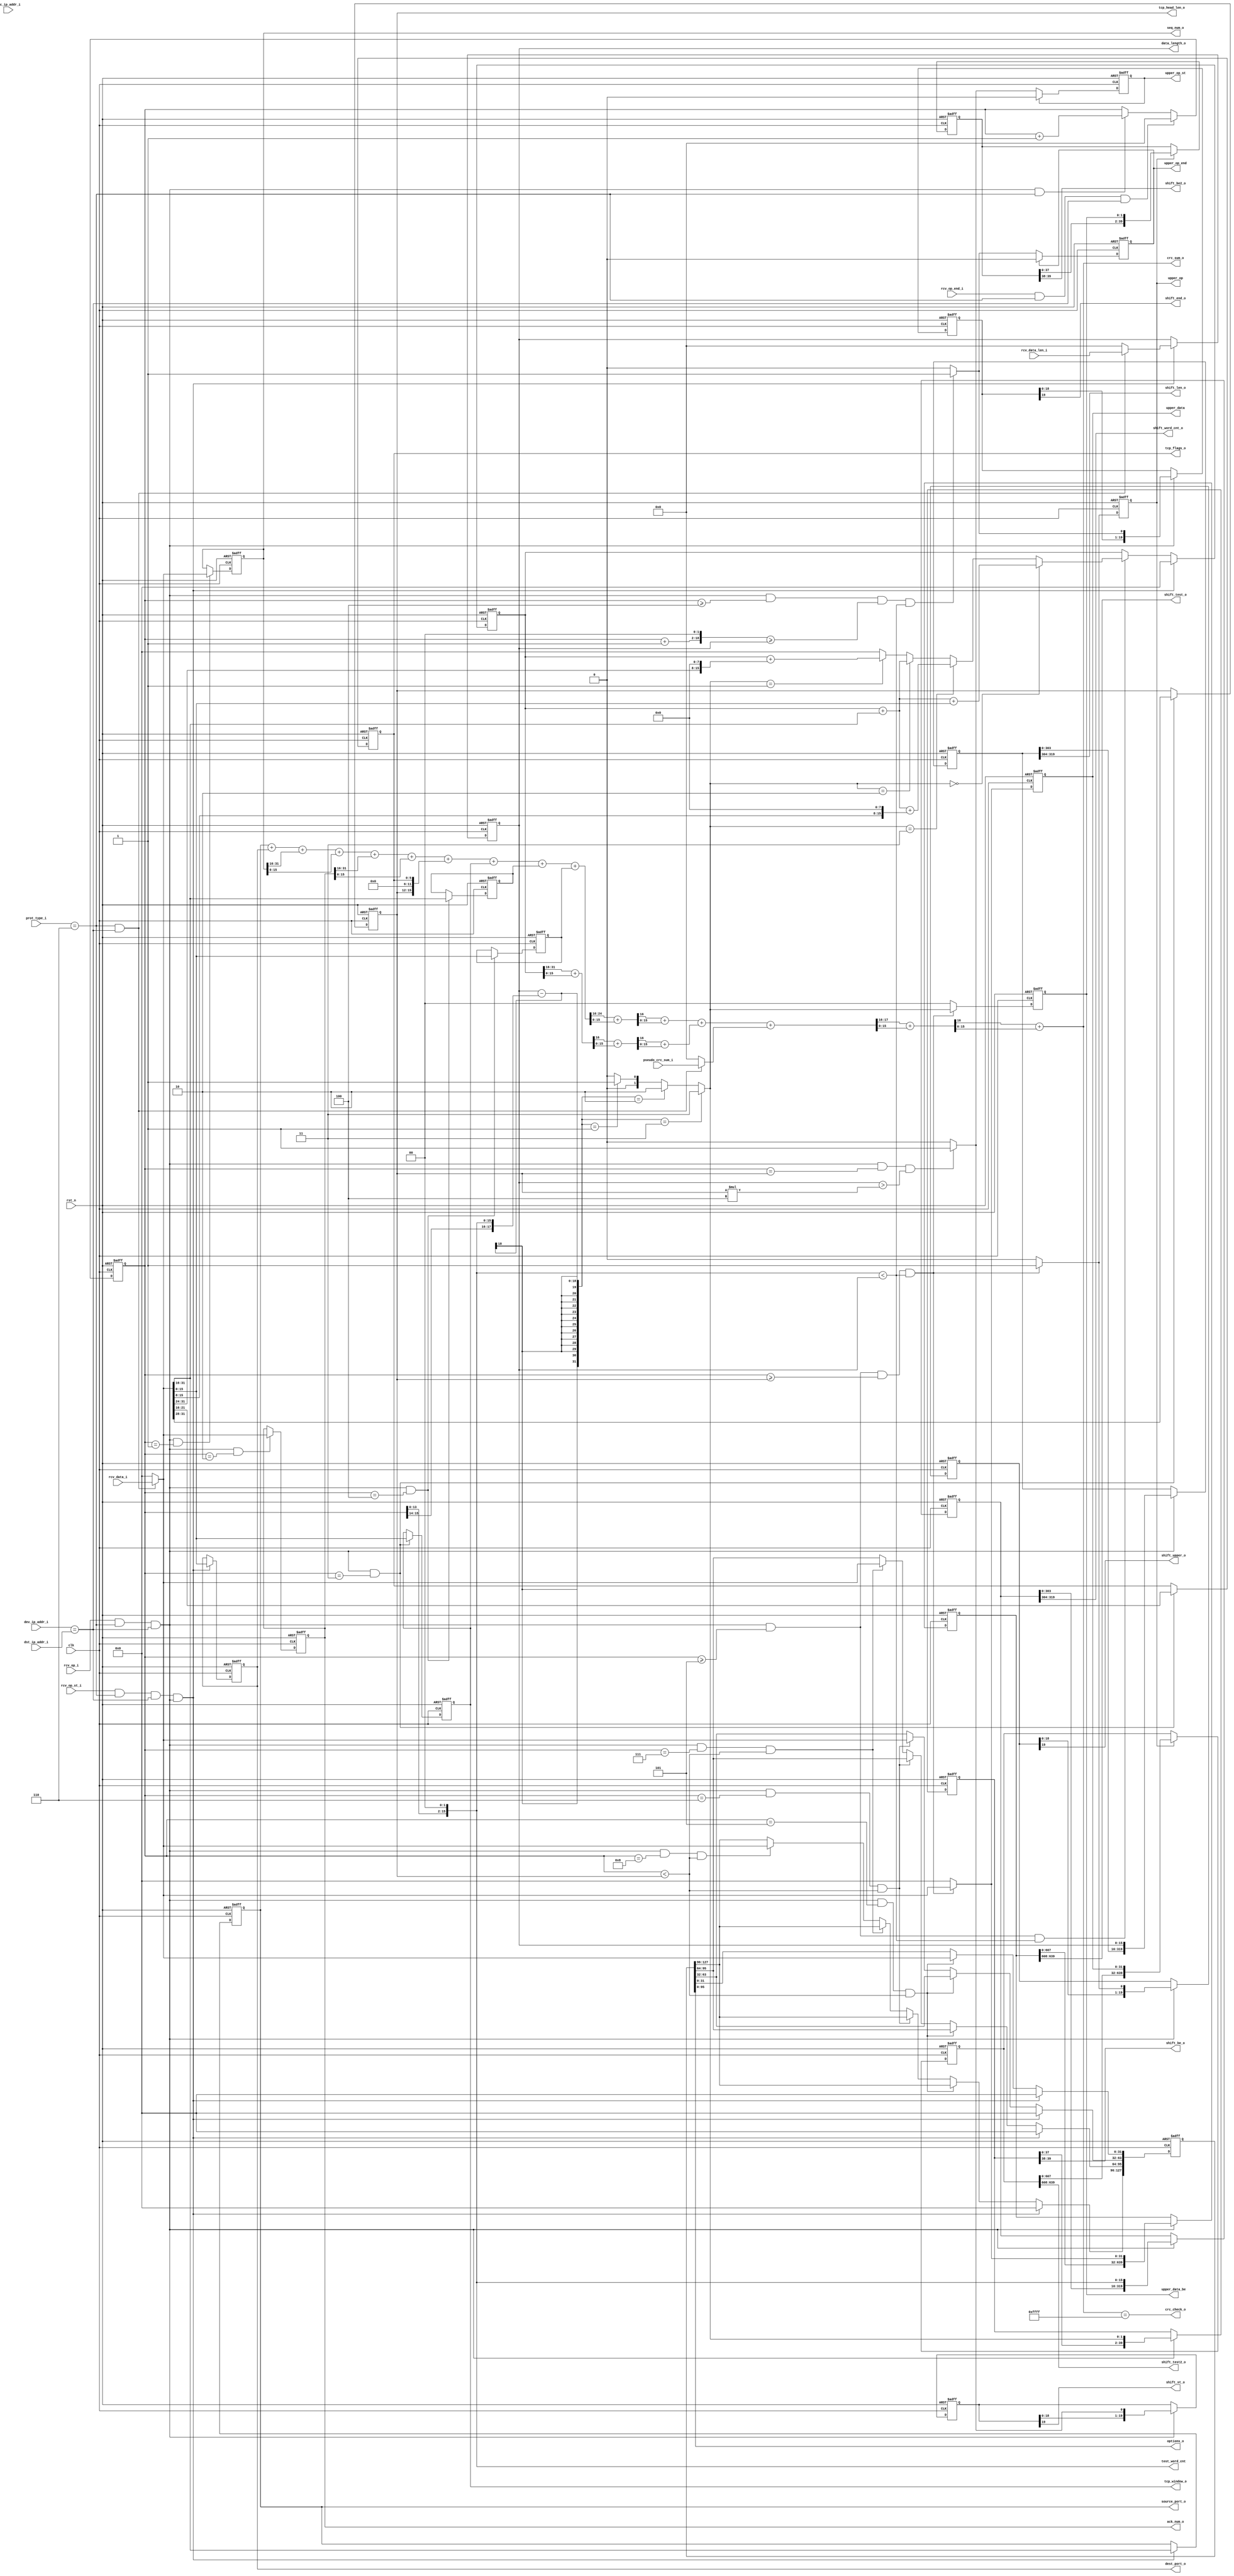
module transport_layer
(
	input					clk
	,input				rst_n
	,input	[31:0]	dev_ip_addr_i

	,input				rcv_op_st_i
	,input				rcv_op_i
	,input				rcv_op_end_i
	,input	[31:0]	rcv_data_i
	,input	[15:0]	rcv_data_len_i
	,input	[31:0]	src_ip_addr_i
	,input	[31:0]	dst_ip_addr_i
	,input	[7:0]		prot_type_i
	,input	[15:0]	pseudo_crc_sum_i
	


	,output	[15:0]	source_port_o
	,output	[15:0]	dest_port_o
	,output	[15:0]	data_length_o
	,output	[31:0]	seq_num_o
	,output	[31:0]	ack_num_o
	,output	[5 :0]	tcp_flags_o		
	,output	[95:0]	options_o
	,output	[ 3:0]	tcp_head_len_o
	,output	[15:0]	tcp_window_o

	,output				upper_op_st
	,output				upper_op
	,output				upper_op_end
	,output	[31:0]	upper_data
	,output	[ 1:0]	upper_data_be
	,output	[15:0]	crc_sum_o
	,output				crc_check_o
		
	,output	[15:0]	test_word_cnt
	
	,output	[ 1:0]	shift_be_o
	,output	[31:0]	shift_test_o
	,output				shift_st_o
	,output				shift_end_o
	,output	[15:0]	shift_len_o	
	,output				shift_upper_o
	,output	[15:0]	shift_word_cnt_o
	,output	[31:0]	shift_test2_o
	,output	[ 1:0]	shift_be2_o		
);
parameter	OPTIONS_SIZE = 4'd4;

//TCP OR UDP FIELDS
reg	[15:0]	source_port;
reg	[15:0]	dest_port;
reg	[31:0]	seq_num;
reg	[31:0]	ack_num;
reg	[ 3:0]	tcp_head_len;
reg	[ 5:0]	tcp_flags;
reg	[15:0]	tcp_window;
reg	[15:0]	packet_length;
reg	[15:0]	checksum;
reg	[15:0]	urgent_ptr;

reg	[32*OPTIONS_SIZE -1 :0]	options_reg;

reg	[15:0]	word_cnt;
reg	[15:0]	data_word_cnt;

reg				upper_op_start_r;
reg				upper_op_r;
reg				upper_op_stop_r;
reg	[31:0]	upper_data_r;
reg	[ 1:0]	data_be_r;

reg	[31:0]	crc_dat_r;

wire	[31:0]	crc_head_w;
wire	[31:0]	crc_head_ww;
wire	[15:0]	crc_head_www;
wire	[31:0]	crc_dat;
wire	[31:0]	crc_dat_w;
wire	[31:0]	crc_dat_ww;
wire	[15:0]	crc_dat_www;
wire	[31:0]	crc_sum_w;
wire	[31:0]	crc_sum_ww;
wire	[15:0]	crc_sum_www;

wire	[ 1:0]	data_be;
wire	[15:0]	data_length;

wire				rcv_op_st;
wire				rcv_op;
wire				rcv_op_end;
wire	[31:0]	rcv_data;
wire	[15:0]	rcv_data_len;
wire	[15:0]	pseudo_crc_sum;
wire				tcp_prot;
wire				ip_check;

//PROTOCOL AND DESTINATION IP ADDRESS CHECK
assign tcp_prot = prot_type_i == 8'd06;
assign ip_check = dev_ip_addr_i == dst_ip_addr_i;

//INPUT CONTROL SIGNALS AFTER IP ADDRESS FILTER
assign rcv_op				= rcv_op_i 		& tcp_prot & ip_check;
assign rcv_op_st			= rcv_op_st_i	& tcp_prot & ip_check;
assign rcv_op_end			= rcv_op_end_i	& tcp_prot & ip_check;
assign rcv_data			= (tcp_prot & ip_check) ? rcv_data_i 			: {32{1'b0}};
assign rcv_data_len		= (tcp_prot & ip_check) ? rcv_data_len_i		: {16{1'b0}};
assign pseudo_crc_sum	= (tcp_prot & ip_check) ? pseudo_crc_sum_i	: {16{1'b0}};

always @(posedge clk or negedge rst_n)
	if (!rst_n) 						word_cnt <= 16'b0;
	else if (rcv_op_end)				word_cnt <= 16'b0;
	else if (rcv_op & tcp_prot)	word_cnt <= word_cnt + 1'b1;

//TCP OR UDP FIELDS
//-------------------------------------------------------------------------------
//VERSION NUMBER
always @(posedge clk or negedge rst_n)
	if (!rst_n) 												source_port <= 16'b0;
	else if (rcv_op_st & rcv_op)							source_port <= rcv_data[31:16];
	
//DESTINATION PORT
always @(posedge clk or negedge rst_n)
	if (!rst_n) 												dest_port <= 16'b0;
	else if (rcv_op_st & rcv_op)							dest_port <= rcv_data[15:0];
	
//PACKET LENGTH
always @(posedge clk or negedge rst_n)
	if (!rst_n) 												packet_length <= 16'b0;
	else if (rcv_op_st & rcv_op)							packet_length <= rcv_data_len;
	
//SEQUENCE NUMBER
always @(posedge clk or negedge rst_n)
	if (!rst_n) 												seq_num <= 32'b0;
	else if (rcv_op & (word_cnt == 1) )					seq_num <= rcv_data;

//ACKNOWLEDGE NUMBER
always @(posedge clk or negedge rst_n)
	if (!rst_n) 												ack_num <= 32'b0;
	else if (rcv_op & (word_cnt == 2))					ack_num <= rcv_data;
	
//TCP HEADER LENGTH
always @(posedge clk or negedge rst_n)
	if (!rst_n) 												tcp_head_len <= 4'b0;
	else if (rcv_op & (word_cnt == 3))					tcp_head_len <= rcv_data[31:28];
	
//TCP FLAGS
always @(posedge clk or negedge rst_n)
	if (!rst_n) 												tcp_flags <= 6'b0;
	else if (rcv_op & (word_cnt == 3))					tcp_flags <= rcv_data[21:16];
	
//TCP WINDOW
always @(posedge clk or negedge rst_n)
	if (!rst_n) 												tcp_window <= 16'b0;
	else if (rcv_op & (word_cnt == 3))					tcp_window <= rcv_data[15:0];
	
//CHECKSUM
always @(posedge clk or negedge rst_n)
	if (!rst_n) 												checksum <= 16'b0;
	else if (rcv_op & (word_cnt == 4))					checksum <= rcv_data[31:16];
	
//URGENT POINTER
always @(posedge clk or negedge rst_n)
	if (!rst_n) 												urgent_ptr <= 16'b0;
	else if (rcv_op & (word_cnt == 4))					urgent_ptr <= rcv_data[15:0];
	
always @(posedge clk or negedge rst_n)
	if (!rst_n) 												options_reg <= {(32*OPTIONS_SIZE){1'b0}};
	else if (rcv_op_st & rcv_op)							options_reg <= {(32*OPTIONS_SIZE){1'b0}};
	else if (rcv_op & (word_cnt == 5) & (word_cnt < tcp_head_len))
																	options_reg[31:0] <= rcv_data;
	else if (rcv_op & (word_cnt == 6) & (word_cnt < tcp_head_len))
																	options_reg[63:32] <= rcv_data;
	else if (rcv_op & (word_cnt == 7) & (word_cnt < tcp_head_len))
																	options_reg[95:64] <= rcv_data;
	else if (rcv_op & (word_cnt == 8) & (word_cnt < tcp_head_len))
																	options_reg[127:96] <= rcv_data;
	


//CRC HEADER
assign crc_head_w =	source_port + dest_port + seq_num[31:16] + seq_num[15:0] + ack_num[31:16] + ack_num[15:0] + 
							{tcp_head_len, 6'b0, tcp_flags} + tcp_window + checksum + urgent_ptr; 

assign crc_head_ww = crc_head_w[31:16] + crc_head_w[15:0];
assign crc_head_www = crc_head_ww[31:16] + crc_head_ww[15:0];

//TCP OR UDP DATA
//-------------------------------------------------------------------------------
//RECEIVE DATA
always @(posedge clk or negedge rst_n)
	if (!rst_n) 												upper_data_r <= 32'b0;
	else if (rcv_op & (word_cnt >= 5) & (word_cnt >= tcp_head_len) & ((word_cnt << 2) < packet_length))
																	upper_data_r <= rcv_data;
	else 															upper_data_r <= 32'b0;

//START TCP OR UDP DATA
always @(posedge clk or negedge rst_n)
	if (!rst_n) 												upper_op_start_r <= 1'b0;
	else if (upper_op_start_r)								upper_op_start_r <= 1'b0;
	else if (rcv_op & (word_cnt == tcp_head_len) & (packet_length > (tcp_head_len * 4)))
																	upper_op_start_r <= 1'b1;
								
//STOP TCP OR UDP DATA
always @(posedge clk or negedge rst_n)
	if (!rst_n) 												upper_op_stop_r <= 1'b0;
	else if (upper_op_stop_r)								upper_op_stop_r <= 1'b0;
	else if (rcv_op & (word_cnt >= 4) & ((word_cnt + 1 << 2) >= packet_length) & ((word_cnt << 2) < packet_length))	
																	upper_op_stop_r <= 1'b1;

//RECEIVE DATA OPERATION
always @(posedge clk or negedge rst_n)
	if (!rst_n)													upper_op_r <= 1'b0;																	
	else if (rcv_op & (word_cnt >= 5) & (word_cnt >= tcp_head_len) & ((word_cnt << 2) < packet_length))
																	upper_op_r <= 1'b1;																
	else 															upper_op_r <= 1'b0;
																												
//DATA CRC
always @(posedge clk or negedge rst_n)
	if (!rst_n)													crc_dat_r <= 32'b0;
	else if (rcv_op & rcv_op_st)							crc_dat_r <= 32'b0;
	else if (rcv_op & (word_cnt >= 5) & ((word_cnt << 2) < packet_length))
																	crc_dat_r <= crc_dat;

assign crc_dat   =	(data_be == 2'b00) ? crc_dat_r +  rcv_data[31:16] +  rcv_data[15:0]			:
							(data_be == 2'b11) ? crc_dat_r +  rcv_data[31:16] + {rcv_data[15:8], 8'b0}	:
							(data_be == 2'b10) ? crc_dat_r +  rcv_data[31:16] 									:
							(data_be == 2'b01) ? crc_dat_r + {rcv_data[31:24], 8'b0}							: 32'b0;

assign crc_dat_w   = crc_dat_r [31:16] + crc_dat_r [15:0];						
assign crc_dat_ww  = crc_dat_w [31:16] + crc_dat_w [15:0];
assign crc_dat_www = crc_dat_ww[31:16] + crc_dat_ww[15:0];

//CRC SUMMARY
assign crc_sum_w   = crc_head_www + crc_dat_www + pseudo_crc_sum;
assign crc_sum_ww  = crc_sum_w [31:16] + crc_sum_w [15:0];
assign crc_sum_www = crc_sum_ww[31:16] + crc_sum_ww[15:0];

//DATA LENGTH
assign data_length = packet_length - (tcp_head_len * 4);

//BYTE ENABLE
assign data_be = (((packet_length - (word_cnt << 2)) == 3) ? 2'b11 :
						((packet_length - (word_cnt << 2)) == 2) ? 2'b10 :
						((packet_length - (word_cnt << 2)) == 1) ? 2'b01 : 2'b00);

//BYTE ENABLE REG					
always @(posedge clk or negedge rst_n)
	if (!rst_n) 												data_be_r <= 2'b0;
	else if (rcv_op & (word_cnt >= 5) & (word_cnt >= tcp_head_len) & ((word_cnt << 2) < packet_length))
																	data_be_r <= data_be;
	else 															data_be_r <= 2'b0;

//INOUTS
assign source_port_o		= source_port;
assign dest_port_o		= dest_port;
assign data_length_o		= packet_length;
assign crc_sum_o			= crc_sum_www;
assign crc_check_o		= crc_sum_www == 16'hFFFF;

assign upper_op_st		= upper_op_start_r;
assign upper_op			= upper_op_r;
assign upper_op_end		= upper_op_stop_r;
assign upper_data			= upper_data_r;
assign upper_data_be		= data_be_r;


assign seq_num_o			= seq_num;
assign ack_num_o			= ack_num;
assign tcp_flags_o		= tcp_flags;
assign tcp_head_len_o	= tcp_head_len;
assign options_o			= options_reg[95:0];
assign tcp_window_o		= tcp_window;

assign test_word_cnt		= word_cnt << 2;


//TEST
parameter SHIFT_NUM = 20;
reg [(SHIFT_NUM*32) - 1: 0] shift_mas;
reg [(SHIFT_NUM*32) - 1: 0] shift_mas2;
reg [(SHIFT_NUM) - 1: 0] shift_st;
reg [(SHIFT_NUM) - 1: 0] shift_end;
reg [(SHIFT_NUM) - 1: 0] shift_upper;
reg [(SHIFT_NUM*16) - 1: 0] shift_len;
reg [(SHIFT_NUM*16) - 1: 0] shift_word_cnt;
reg [(SHIFT_NUM*2) - 1: 0] shift_be;
reg [(SHIFT_NUM*2) - 1: 0] shift_be2;


wire	[15:0] word_cnt_shft = (word_cnt << 2);
wire	[31:0] shift_mas_w		= (rcv_op & (word_cnt >= 5) & (word_cnt >= tcp_head_len) & ((word_cnt << 2) < packet_length)) ? rcv_data : 32'b0;
wire 	 		 shift_op_start_w	= (rcv_op & (word_cnt == tcp_head_len) & (packet_length > (tcp_head_len * 4))) ? 1'b1 : 1'b0;
wire			 shift_op_end_w	= (rcv_op & (word_cnt >= 4) & ((word_cnt + 1 << 2) >= packet_length) & ((word_cnt << 2) < packet_length)) ? 1'b1 : 1'b0;
wire			 shift_op_w			= (rcv_op & (word_cnt >= 5) & (word_cnt >= tcp_head_len) & ((word_cnt << 2) < packet_length)) ? 1'b1 : 1'b0;


always @(posedge clk or negedge rst_n)
	if (!rst_n)	
					shift_mas <= 0;
	else if (rcv_op /*& (total_len > 40) & (word_cnt > 4)*/)
					shift_mas <= {shift_mas[((SHIFT_NUM-1)*32) - 1: 0], shift_mas_w};
					
always @(posedge clk or negedge rst_n)
	if (!rst_n)	
					shift_mas2 <= 0;
	else if (upper_op_r /*& (total_len > 40) & (word_cnt > 4)*/)
					shift_mas2 <= {shift_mas2[((SHIFT_NUM-1)*32) - 1: 0], upper_data_r};	
	
always @(posedge clk or negedge rst_n)
	if (!rst_n)	
					shift_be2 <= 0;
	else if (upper_op_r /*& (total_len > 40) & (word_cnt > 4)*/)
					shift_be2 <= {shift_be2[((SHIFT_NUM-1)*2) - 1: 0], data_be_r};			
					
always @(posedge clk or negedge rst_n)
	if (!rst_n)	
					shift_len <= 0;
	else if (rcv_op /*& (total_len > 40) & (word_cnt > 4)*/)
					shift_len <= {shift_len[((SHIFT_NUM-1)*16) - 1: 0], packet_length};	
	
always @(posedge clk or negedge rst_n)
	if (!rst_n)	
					shift_word_cnt <= 0;
	else if (rcv_op /*& (total_len > 40) & (word_cnt > 4)*/)
					shift_word_cnt <= {shift_word_cnt[((SHIFT_NUM-1)*16) - 1: 0], word_cnt_shft};	
					
always @(posedge clk or negedge rst_n)
	if (!rst_n)	
					shift_st <= 0;
	else if (rcv_op /*& (total_len > 40) & (word_cnt > 4)*/)
					shift_st <= {shift_st[((SHIFT_NUM-1)) - 1: 0], shift_op_start_w};				
					
always @(posedge clk or negedge rst_n)
	if (!rst_n)	
					shift_end <= 0;
	else if (rcv_op /*& (total_len > 40) & (word_cnt > 4)*/)
					shift_end <= {shift_end[((SHIFT_NUM-1)) - 1: 0], shift_op_end_w};	
				
always @(posedge clk or negedge rst_n)
	if (!rst_n)	
					shift_upper <= 0;
	else if (rcv_op /*& (total_len > 40) & (word_cnt > 4)*/)
					shift_upper <= {shift_upper[((SHIFT_NUM-1)) - 1: 0], shift_op_w};					

always @(posedge clk or negedge rst_n)
	if (!rst_n)	
					shift_be <= 0;
	else if (rcv_op /*& (total_len > 40) & (word_cnt > 4)*/)
					shift_be <= {shift_be[((SHIFT_NUM-1)*2) - 1: 0], data_be};					
					
assign shift_test_o = shift_mas[((SHIFT_NUM-1)*32) +: 32];				
assign shift_st_o = shift_st[((SHIFT_NUM-1)) +: 1];
assign shift_end_o = shift_end[((SHIFT_NUM-1)) +: 1];
assign shift_len_o =  shift_len[((SHIFT_NUM-1)*16) +: 16];					
assign shift_be_o = shift_be[((SHIFT_NUM-1)*2) +: 2];	
assign shift_upper_o = shift_upper[((SHIFT_NUM-1)) +: 1];
assign shift_word_cnt_o = shift_word_cnt[((SHIFT_NUM-1)*16) +: 16];
assign shift_test2_o = shift_mas2[((SHIFT_NUM-1)*32) +: 32];
assign shift_be2_o = shift_be2[((SHIFT_NUM-1)*2) +: 2];	


endmodule